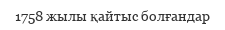
1758 жылы қайтыс болғандар